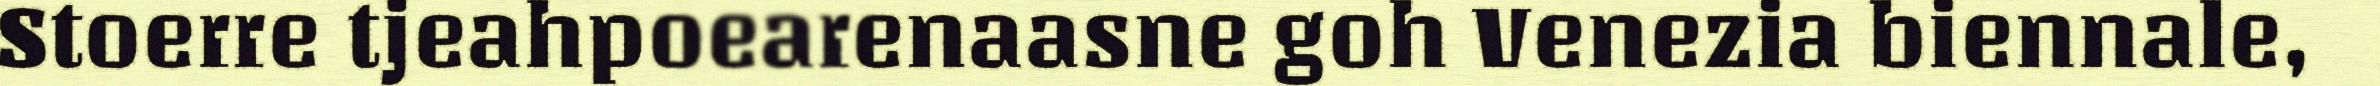
Stoerre tjeahpoearenaasne goh Venezia biennale,